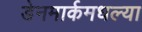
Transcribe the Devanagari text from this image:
डेनमार्कमधल्या